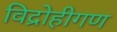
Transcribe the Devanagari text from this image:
विद्रोहीगण